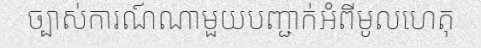
ច្បាស់ការណ៍ណាមួយបញ្ជាក់អំពីមូលហេតុ